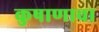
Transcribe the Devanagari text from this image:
कुषाणाचा